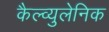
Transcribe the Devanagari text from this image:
कैल्व्युलेनिक